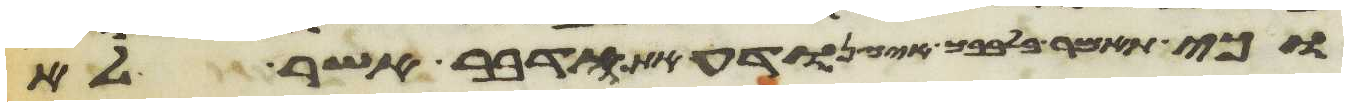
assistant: וכי תאמר בלבבך איך נודע את הדבר אשר לא